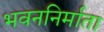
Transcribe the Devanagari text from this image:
भवननिर्माता